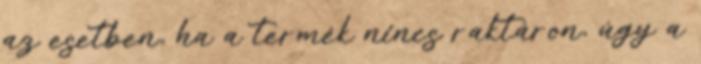
az esetben, ha a termék nincs raktáron, úgy a